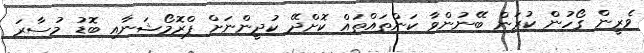
ވެރީން ގޯހުން ކުރަން ބޭނުންވާ ކަންތައްތައް ކޮށްދޭ ކުދީންނަށް ޕްރޮމޯޝަނާއި ބޮޑު މުސާރަ